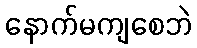
နောက်မကျစေဘဲ